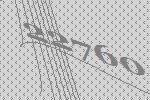
22760